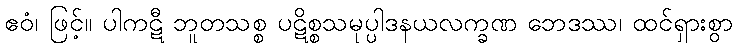
ဧဝံ၊ ဖြင့်။ ပါကဋီ ဘူတသစ္စ ပဋိစ္စသမုပ္ပါဒနယလက္ခဏ ဘေဒဿ၊ ထင်ရှားစွာ